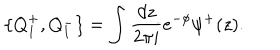
\{ Q _ { 1 } ^ { + } , Q _ { 1 } ^ { - } \} = \int { \frac { d z } { 2 \pi i } } e ^ { - \phi } \psi ^ { + } ( z ) .